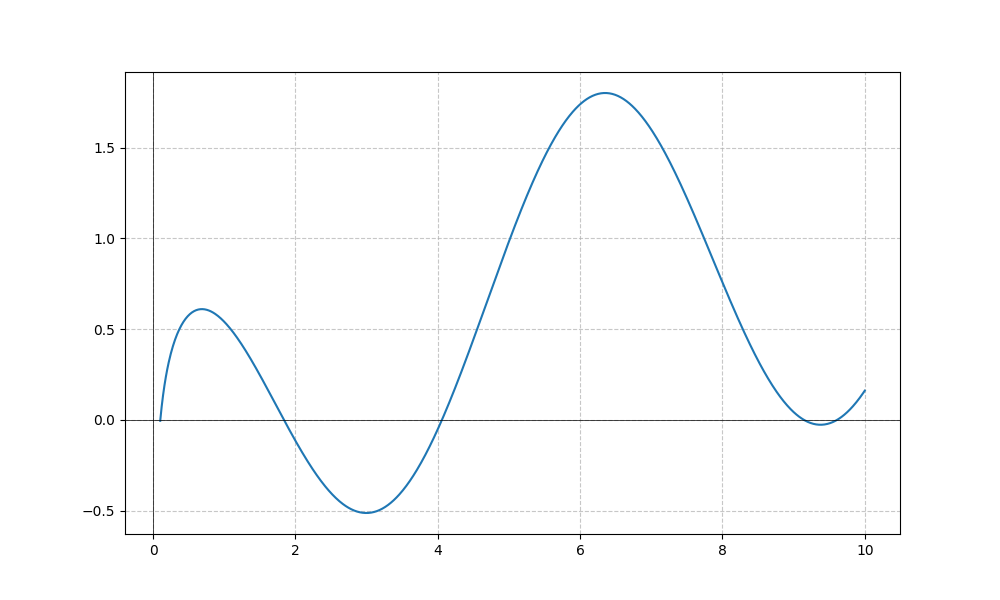
LaTeX formula: \frac{\log{\left(x \right)}}{\log{\left(10 \right)}} + \cos{\left(x \right)}